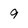
Character: 9